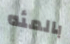
بالمئه